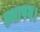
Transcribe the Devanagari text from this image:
स्थापन।